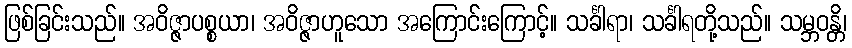
ဖြစ်ခြင်းသည်။ အဝိဇ္ဇာပစ္စယာ၊ အဝိဇ္ဇာဟူသော အကြောင်းကြောင့်။ သင်္ခါရာ၊ သင်္ခါရတို့သည်။ သမ္ဘဝန္တိ၊